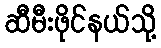
ဆီမီးဖိုင်နယ်သို့